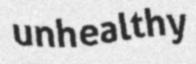
unhealthy